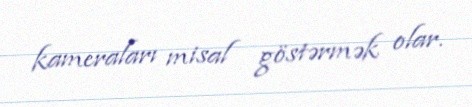
kameraları misal göstərmək olar.